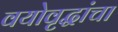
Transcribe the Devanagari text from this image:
वयोवृद्धांचा